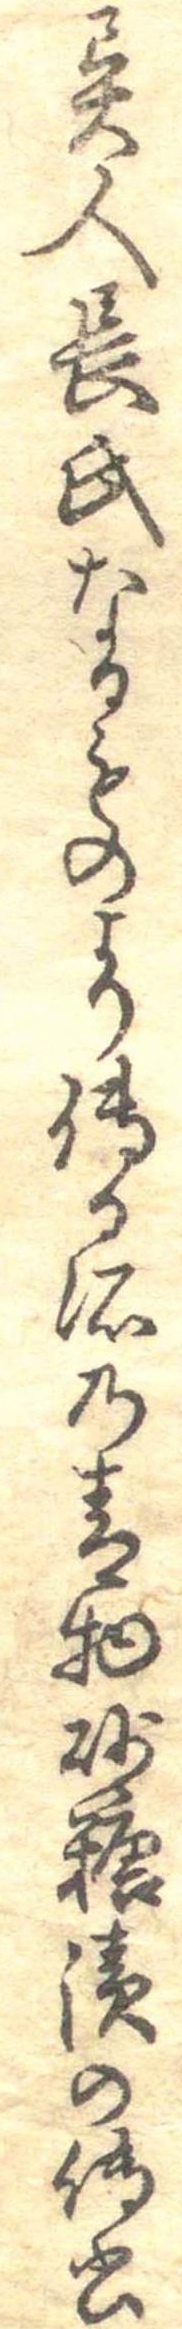
異人長氏なるものより伝る所の青物砂糖漬の伝書